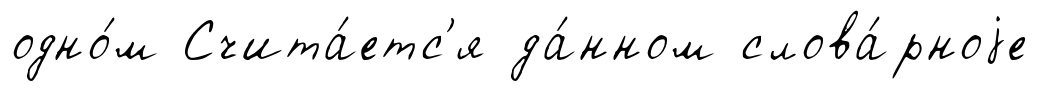
одно́м Счита́етс'я да́нном слова́рноjе